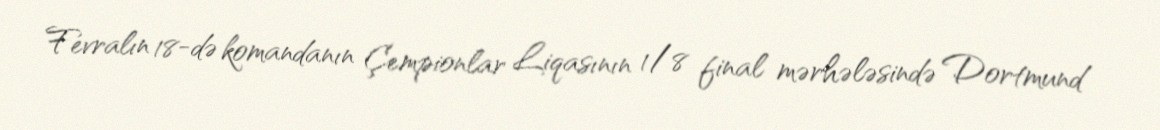
Fevralın 18-də komandanın Çempionlar Liqasının 1/8 final mərhələsində Dortmund